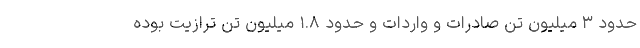
حدود ۳ میلیون تن صادرات و واردات و حدود ۱.۸ میلیون تن ترازیت بوده